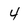
Character: 4